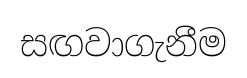
සඟවාගැනීම